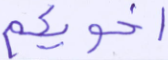
أخويكم